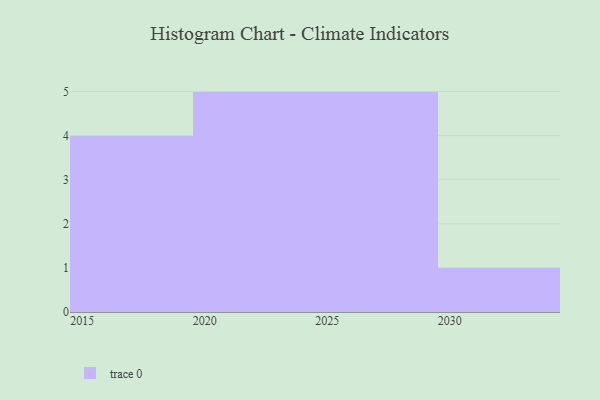
{"axis": {"x": "Year", "y": "Gross Profit (USD K)"}, "legend": [""], "data": [{"x": "2022", "y": 87, "type": ""}, {"x": "2028", "y": 47, "type": ""}, {"x": "2025", "y": 42, "type": ""}, {"x": "2019", "y": 87, "type": ""}, {"x": "2030", "y": 91, "type": ""}, {"x": "2027", "y": 67, "type": ""}, {"x": "2029", "y": 34, "type": ""}, {"x": "2017", "y": 93, "type": ""}, {"x": "2021", "y": 6, "type": ""}, {"x": "2016", "y": 27, "type": ""}, {"x": "2024", "y": 10, "type": ""}, {"x": "2026", "y": 84, "type": ""}, {"x": "2020", "y": 56, "type": ""}, {"x": "2023", "y": 6, "type": ""}, {"x": "2018", "y": 95, "type": ""}]}